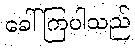
ခေါ်ကြပါသည်